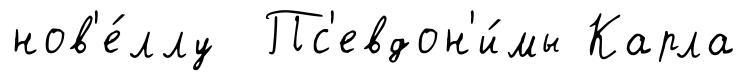
нов'е́ллу Пс'евдон'и́мы Карла